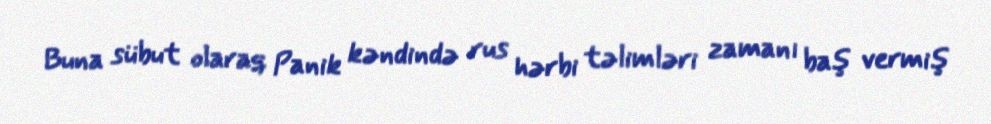
Buna sübut olaraq Panik kəndində rus hərbi təlimləri zamanı baş vermiş